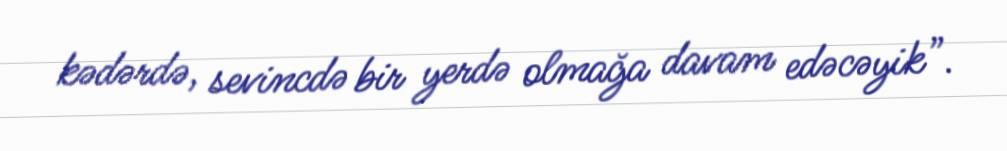
kədərdə, sevincdə bir yerdə olmağa davam edəcəyik”.